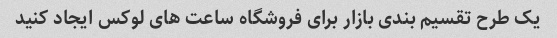
یک طرح تقسیم بندی بازار برای فروشگاه ساعت های لوکس ایجاد کنید